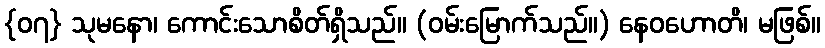
{၀၇} သုမနော၊ ကောင်းသောစိတ်ရှိသည်။ (ဝမ်းမြောက်သည်။) နေဝဟောတိ၊ မဖြစ်။